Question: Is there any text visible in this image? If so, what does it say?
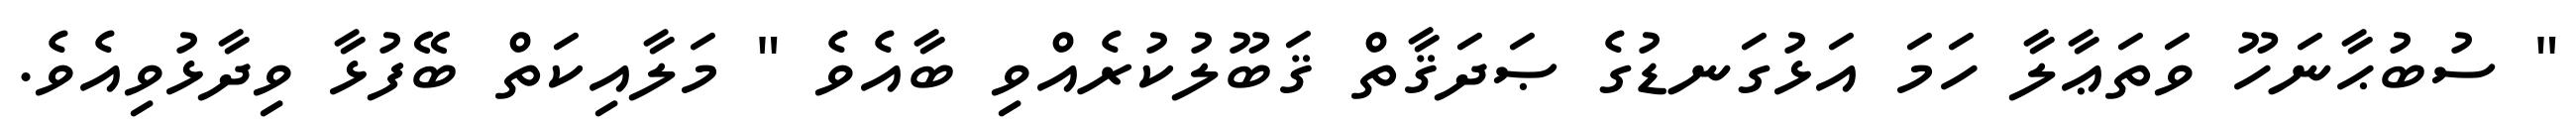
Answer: " ސުބުޙާނަހޫ ވަތަޢާލާ ހަމަ އަޅުގަނޑުގެ ޞަދަޤާތް ޤަބޫލުކުރެއްވި ބާއެވެ " މަލާއިކަތް ބޭފުޅާ ވިދާޅުވިއެވެ.